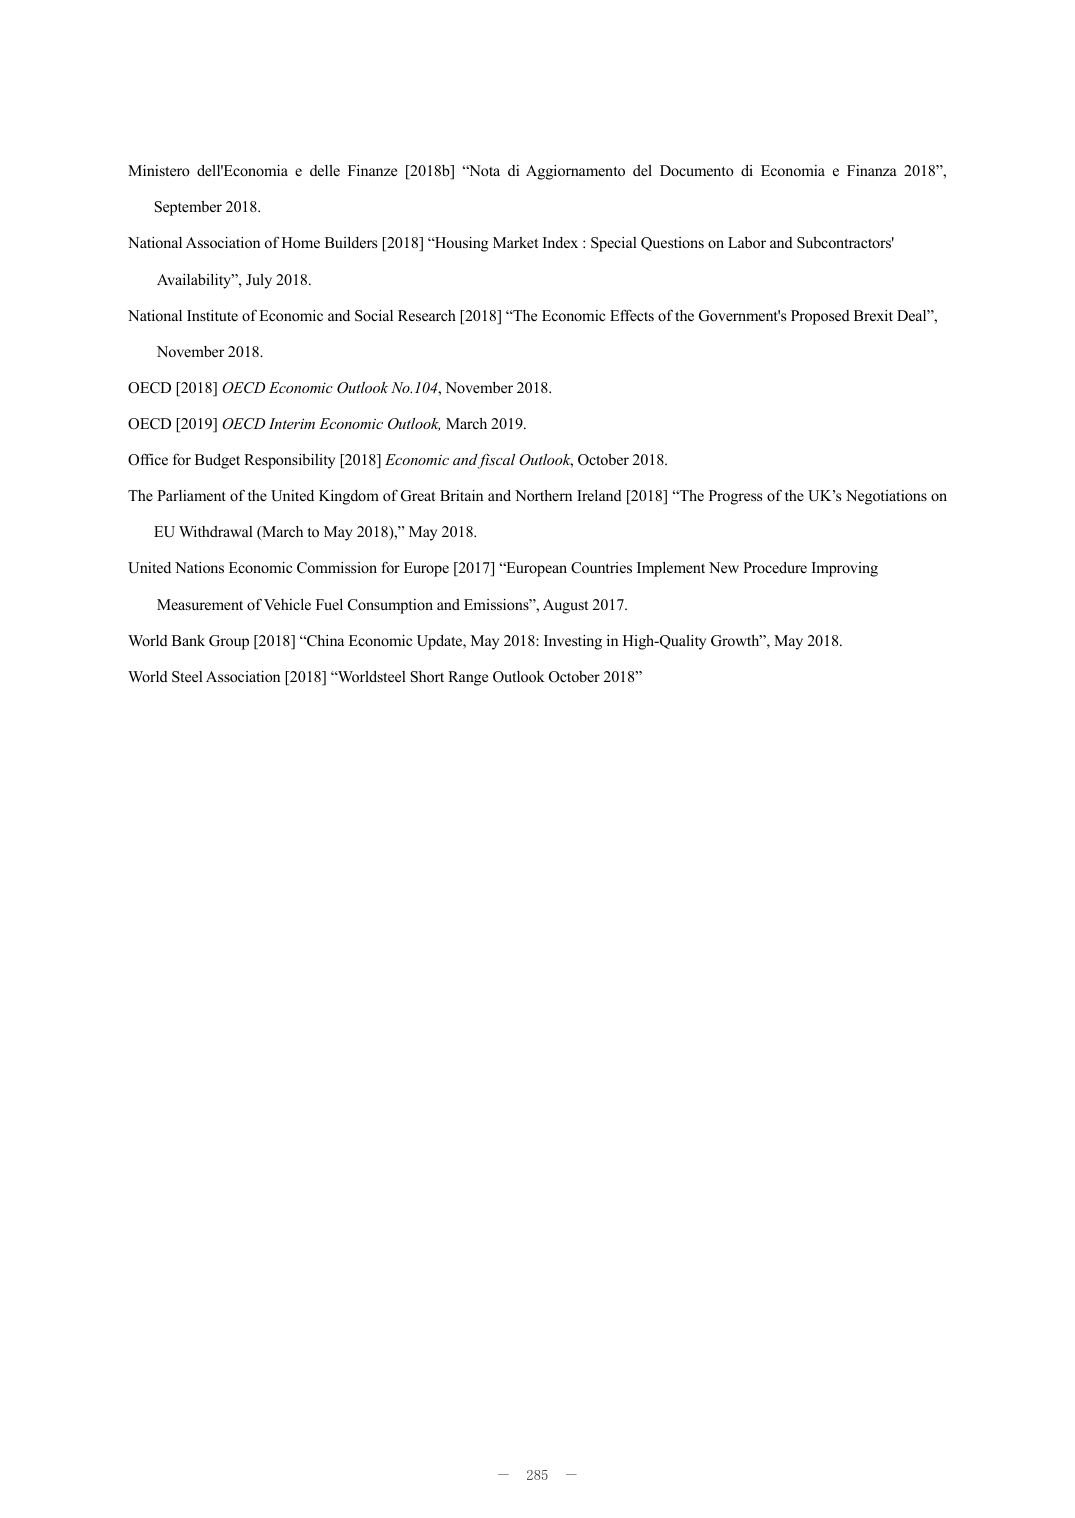
Ministero dell'Economia e delle Finanze [2018b] “Nota di Aggiornamento del Documento di Economia e Finanza 2018”, September 2018.

National Association of Home Builders [2018] “Housing Market Index : Special Questions on Labor and Subcontractors’ Availability”, July 2018.

National Institute of Economic and Social Research [2018] “The Economic Effects of the Government’s Proposed Brexit Deal”, November 2018.

OECD [2018] OECD Economic Outlook No.104, November 2018.

OECD [2019] OECD Interim Economic Outlook, March 2019.

Office for Budget Responsibility [2018] Economic and fiscal Outlook, October 2018.

The Parliament of the United Kingdom of Great Britain and Northern Ireland [2018] “The Progress of the UK’s Negotiations on EU Withdrawal (March to May 2018),” May 2018.

United Nations Economic Commission for Europe [2017] “European Countries Implement New Procedure Improving Measurement of Vehicle Fuel Consumption and Emissions”, August 2017.

World Bank Group [2018] “China Economic Update, May 2018: Investing in High-Quality Growth”, May 2018.

World Steel Association [2018] “Worldsteel Short Range Outlook October 2018”

— 285 —